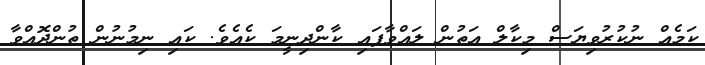
ކަމެއް ނުކުރުވިޔަސް މިކާލް އަތުން ލައްވާފައި ކާންދިނީމަ ކެއެވެ. ކައި ނިމުނުން ތުންދޮއްވާ